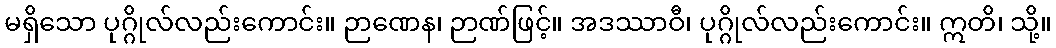
မရှိသော ပုဂ္ဂိုလ်လည်းကောင်း။ ဉာဏေန၊ ဉာဏ်ဖြင့်။ အဒဿာဝီ၊ ပုဂ္ဂိုလ်လည်းကောင်း။ ဣတိ၊ သို့။